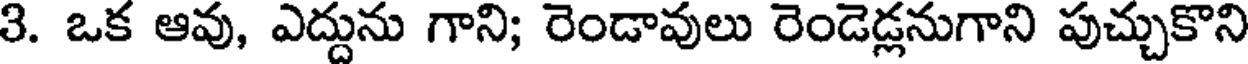
3. ఒక ఆవు, ఎద్దును గాని; రెండావులు రెండెడ్లనుగాని పుచ్చుకొని